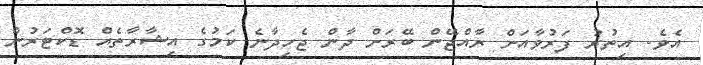
އެވެ. އިތުރު ފަރުވާއަށް ރާއްޖޭން ބޭރަށް ދާން ޖެހިދާނެ ކަމުގެ އިޝާރާތެއް ޑޮކްޓަރުން